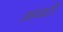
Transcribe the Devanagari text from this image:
आघारी